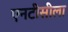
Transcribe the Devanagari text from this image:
एनटीसीला